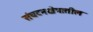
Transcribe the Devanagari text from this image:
संघटनक्षेत्रातील